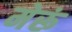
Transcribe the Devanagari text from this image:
मेरूं